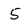
Character: 5